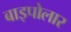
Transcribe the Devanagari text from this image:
बाइपोलार